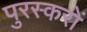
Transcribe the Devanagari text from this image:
पुरस्करों